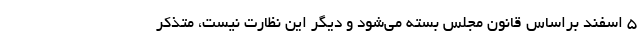
۵ اسفند براساس قانون مجلس بسته می‌شود و دیگر این نظارت نیست، متذکر